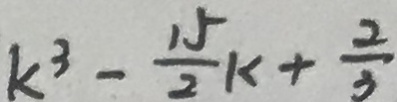
k ^ { 3 } - \frac { 1 5 } { 2 } k + \frac { 2 } { 3 }